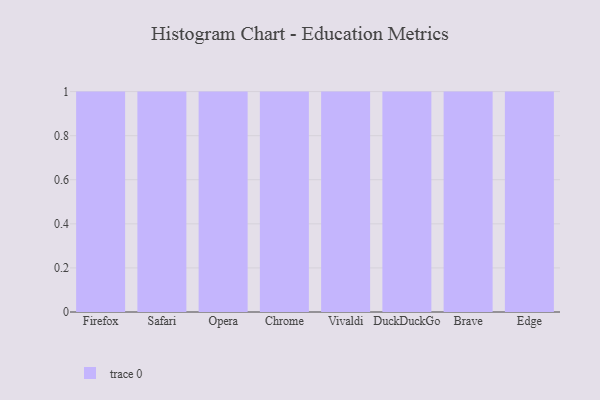
{"axis": {"x": "Browser", "y": "Gross Profit (USD K)"}, "legend": [""], "data": [{"x": "Firefox", "y": 33, "type": ""}, {"x": "Safari", "y": 81, "type": ""}, {"x": "Opera", "y": 64, "type": ""}, {"x": "Chrome", "y": 91, "type": ""}, {"x": "Vivaldi", "y": 30, "type": ""}, {"x": "DuckDuckGo", "y": 11, "type": ""}, {"x": "Brave", "y": 8, "type": ""}, {"x": "Edge", "y": 14, "type": ""}]}